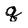
Character: q